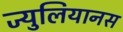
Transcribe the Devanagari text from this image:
ज्युलियानस